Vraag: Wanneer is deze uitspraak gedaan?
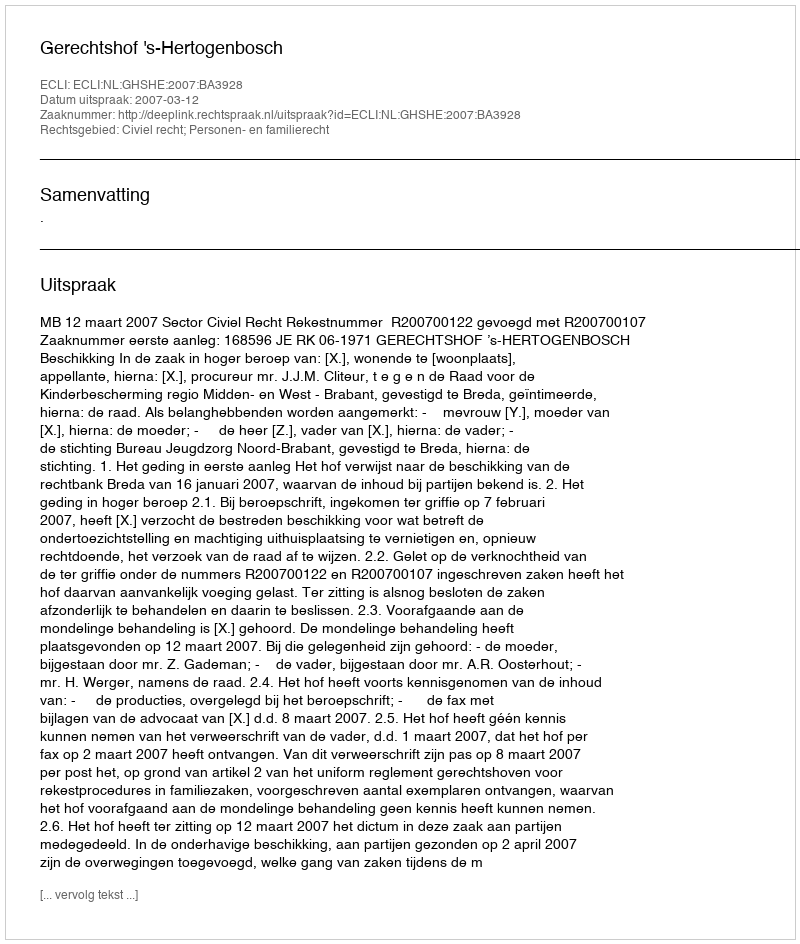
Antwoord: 2007-03-12